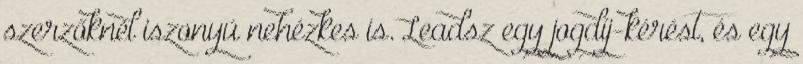
szerzőknél iszonyú nehézkes is. Leadsz egy jogdíj-kérést, és egy